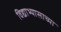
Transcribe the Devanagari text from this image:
विद्याभ्यासाच्या